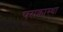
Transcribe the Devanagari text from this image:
पराकास्था